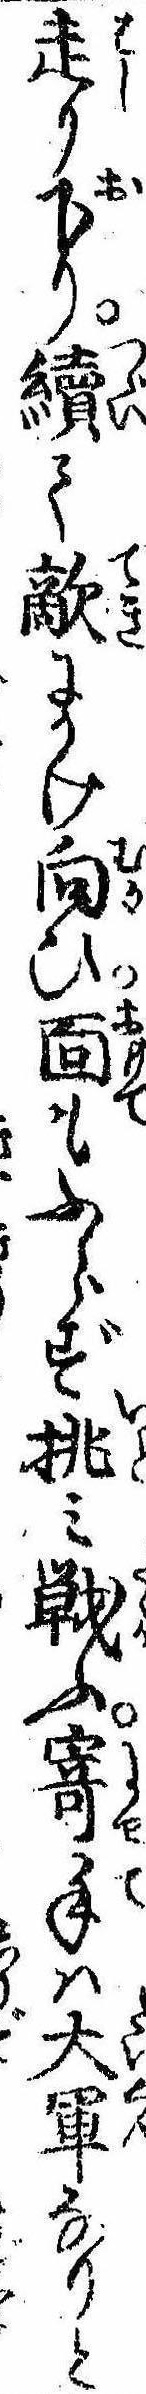
走り下り続て敵にかけ向ひ面もふらず挑み戦ふ寄手は大軍なりと